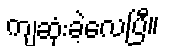
ကျဆုံးခဲ့လေပြီ။